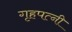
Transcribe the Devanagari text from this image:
गृहपत्नी